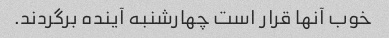
خوب آنها قرار است چهارشنبه آینده برگردند.